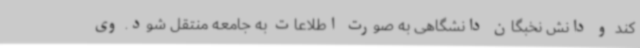
کند و دانش نخبگان دانشگاهی به صورت اطلاعات به جامعه منتقل شود. وی